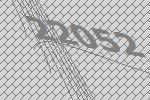
22052